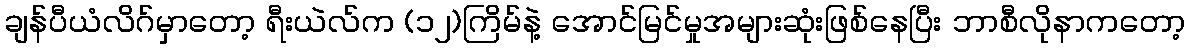
ချန်ပီယံလိဂ်မှာတော့ ရီးယဲလ်က (၁၂)ကြိမ်နဲ့ အောင်မြင်မှုအများဆုံးဖြစ်နေပြီး ဘာစီလိုနာကတော့